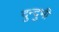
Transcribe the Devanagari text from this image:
दुन्दुभी